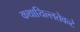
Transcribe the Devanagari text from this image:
कथायिल्‍लतेवन्‍टे